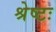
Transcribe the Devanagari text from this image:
श्रेष्टः